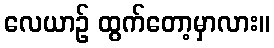
လေယာဉ် ထွက်တော့မှာလား။